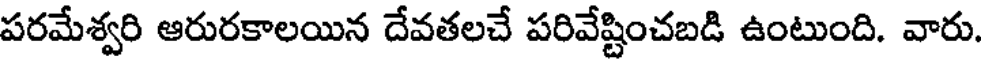
పరమేశ్వరి ఆరురకాలయిన దేవతలచే పరివేష్టించబడి ఉంటుంది. వారు.